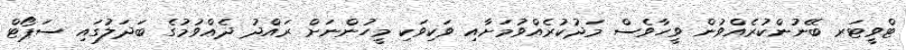
ޓްވީޓަރ ބޭނުންކުރެއްވުން ވީހާވެސް މަދުކުރެއްވުމަށާއި ވަކިވަކި މީހުންނަށް ރައްދު ދެއްވުމުގެ ބަދަލުގައި ސަޕޯޓް